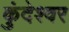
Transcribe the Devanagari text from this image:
कुंदेश्वर